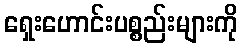
ရှေးဟောင်းပစ္စည်းများကို